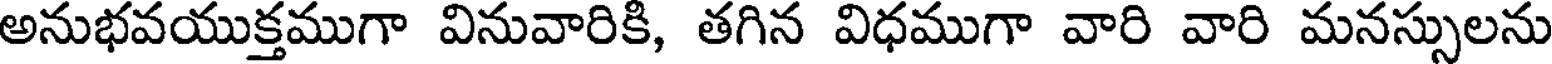
అనుభవయుక్తముగా వినువారికి, తగిన విధముగా వారి వారి మనస్సులను